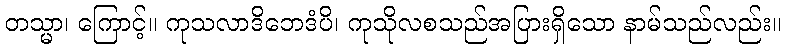
တသ္မာ၊ ကြောင့်။ ကုသလာဒိဘေဒံပိ၊ ကုသိုလစသည်အပြားရှိသော နာမ်သည်လည်း။